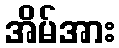
အိမ်အား